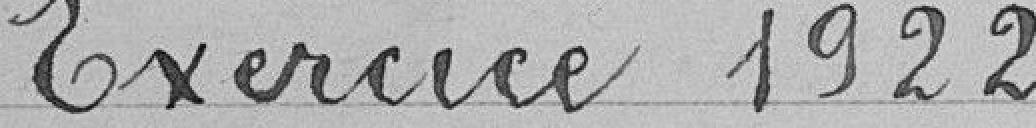
Exercice 1922